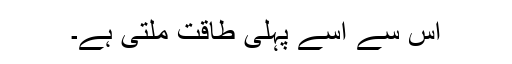
اس سے اسے پہلی طاقت ملتی ہے۔